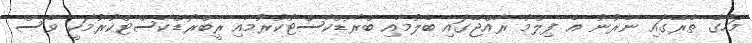
މަހުގެ ތެރޭގައި ނެރުނު އެ ފިލްމު ރާއްޖޭގައި ބެލުމާއި ބްރޯޑްކާސްޓުކުރުމާއި ރީބްރޯޑްކާސްޓްކުރުމަކީ ވެސް